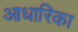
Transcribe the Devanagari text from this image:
आधारिका